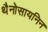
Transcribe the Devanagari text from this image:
थैनोसायनिन